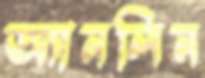
অ্যানলিন